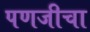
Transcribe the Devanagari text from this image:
पणजीचा